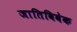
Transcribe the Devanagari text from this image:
जातिविवेक